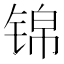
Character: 锦